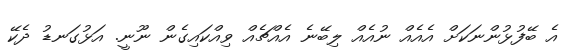
އެ ބޭފުޅުންނަކަށް އެއެއް ނުއެއް ލިބޭނެ އެއްޗެއް ވިއްކައިގެން ނޫނީ. އަޅުގަނޑު ދެކޭ